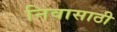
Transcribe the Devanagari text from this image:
निवासाठी